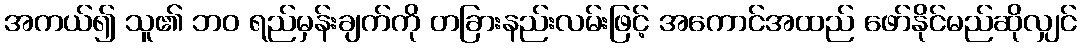
အကယ်၍ သူ၏ ဘဝ ရည်မှန်းချက်ကို တခြားနည်းလမ်းဖြင့် အကောင်အထည် ဖော်နိုင်မည်ဆိုလျှင်